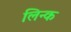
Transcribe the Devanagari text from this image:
लिन्क